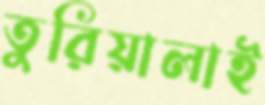
তুরিয়ালাই